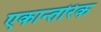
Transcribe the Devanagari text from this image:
एकान्तरिक